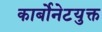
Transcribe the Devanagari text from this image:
कार्बोनेटयुक्त